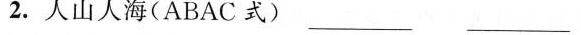
2.人山人海(ABAC式)___ ___